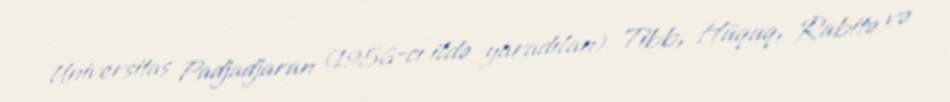
Universitas Padjadjaran (1956-cı ildə yaradılan) Tibb, Hüquq, Rabitə və